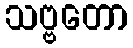
သဗ္ဗတော